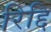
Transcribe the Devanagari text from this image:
रिद्दि